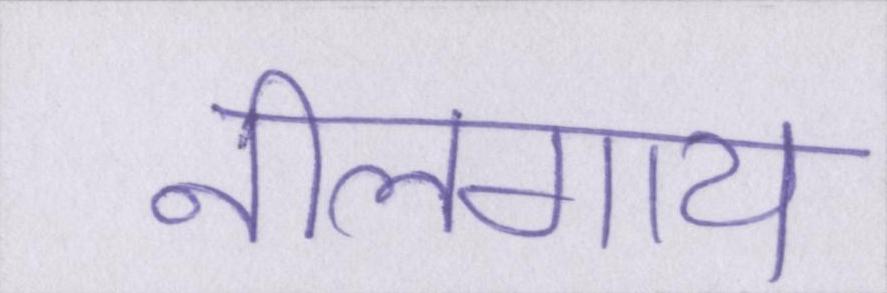
नीलगाय